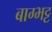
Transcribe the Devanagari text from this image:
बाग्भट्ट